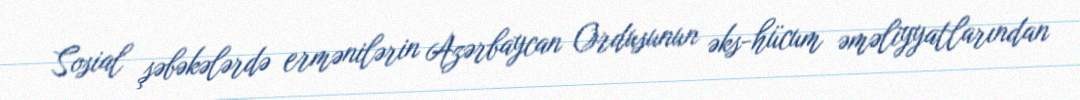
Sosial şəbəkələrdə ermənilərin Azərbaycan Ordusunun əks-hücum əməliyyatlarından